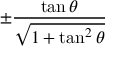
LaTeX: \pm { \frac { \tan \theta } { \sqrt { 1 + \tan ^ { 2 } \theta } } }